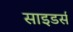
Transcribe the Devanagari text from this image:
साइडर्स